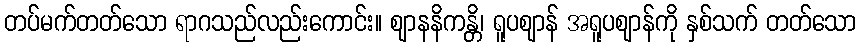
တပ်မက်တတ်သော ရာဂသည်လည်းကောင်း။ ဈာနနိကန္တိ၊ ရူပဈာန် အရူပဈာန်ကို နှစ်သက် တတ်သော